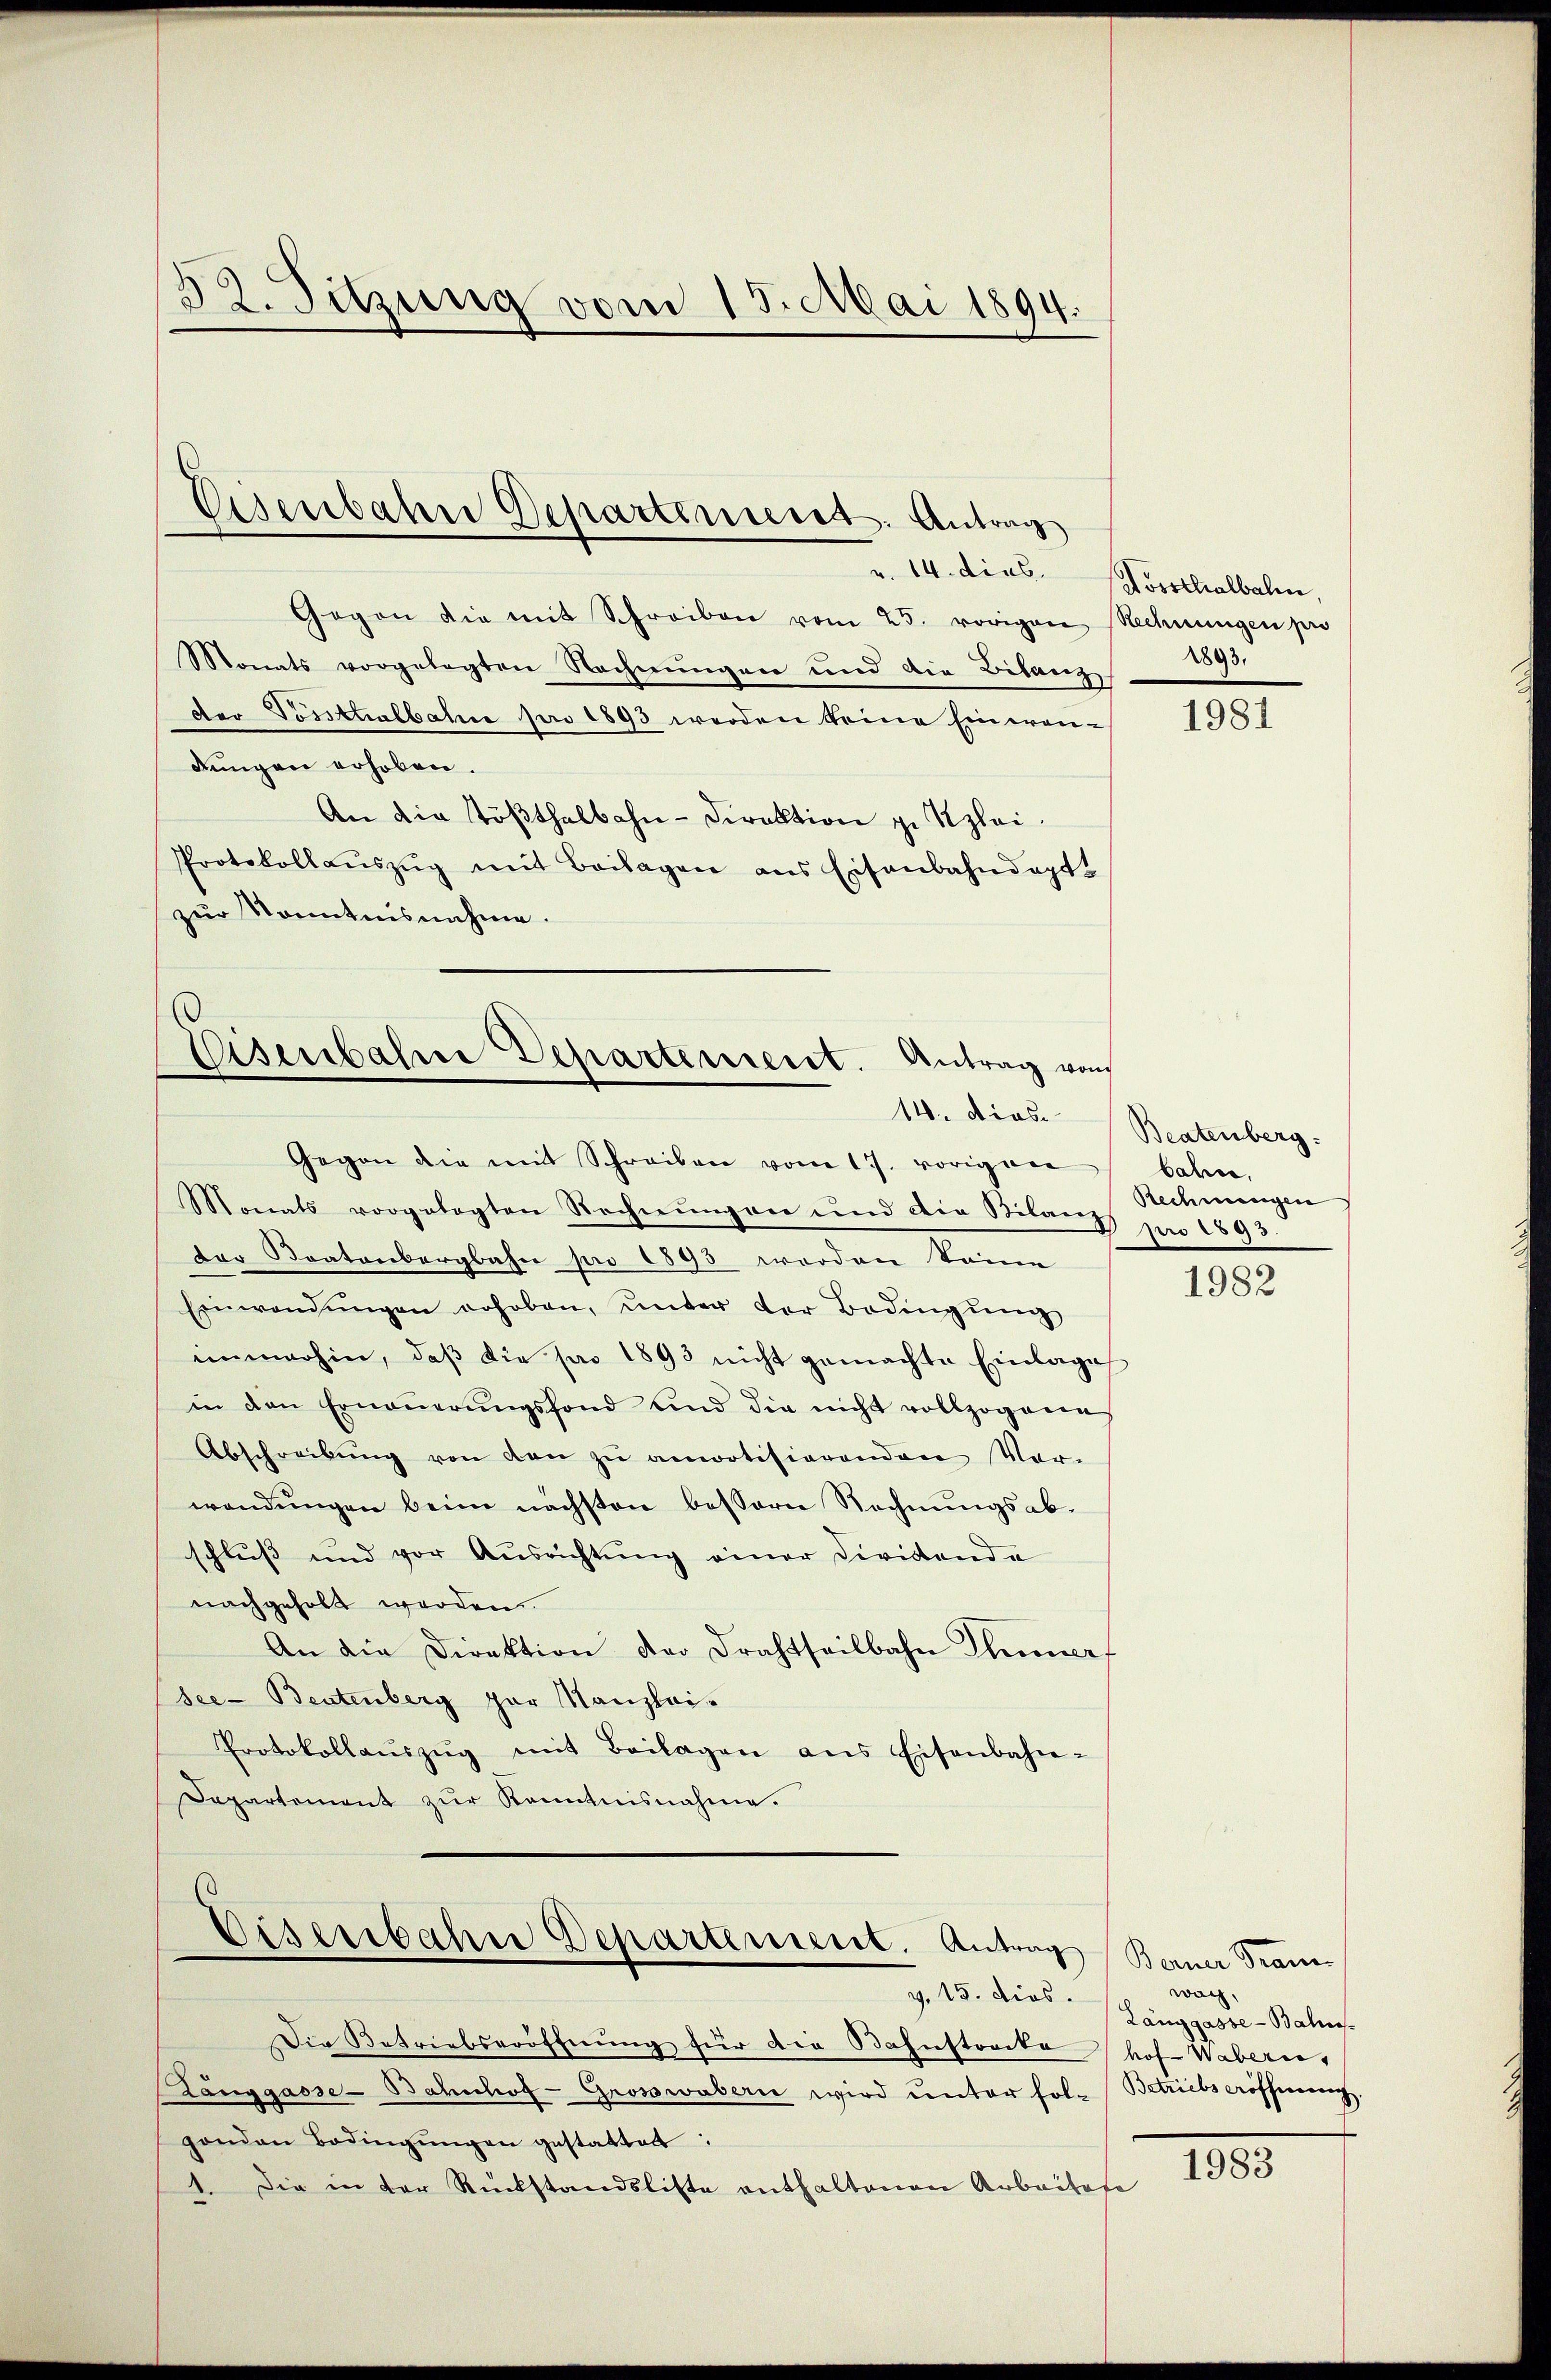
32. Sitzung vom 13. Mai 1894.

u. 14. dies Posthalbele
Gegen die mit Schreiben vom 25. vorigen Rechnungen pro
Monats vorgelegten Rechnungen und die Bilanz
deo Tossttalbahre pro 1893 werden keine Eineran-
dungen erhoben.
An die Tößthalbahn-Direktion zu Klei¬
Protokollaŭszŭg mit Beilagen ans Eisenbahndept.
zur Kenntnisnahme.

Eisenbahne Departinient. Antrag

Eisenbahne Departement. Antrag von
14. Dies

Eisenbahne Departement. Antrag

Gegen die mit Schreiben vom 17. vorigen
Monats vorgelegten Rechnungen und die Bilanzs par 1893.
Der Staatenbergbahn pro 1893 werden könne
Einwendŭngen erhoben, ŭnter der Bedingŭng
immerhin, daß die pro 1893 nicht gemachte Einlage
in den Erneŭerŭngsfond und die nicht vollzogenes
Abschreibŭng von den zŭ amortisierenden Vor-
wendŭngen beim nächsten bessern Rechnungsabschluß und vor Ausrichtŭng einer Dividende
nachgeholt werden.
An die Direktion der Drahtheilbahn Thunerf
see- Beutenberg zur Kanzlei-
Protokollaŭszŭg mit Beilagen ans Eisenbahn-
Dapartement zŭr Kenntnisnahme.

Die Betriebseröffnung für die Bahnstrecke hof- Wabern,
Zanggasse-Bahnhof-Grosswäbern wird unter fol-Betriebs eröffnung,
genden Bedingŭngen gestattet:
1. Die in der Rückstandsliste enthaltenen Arbeitese

1893.

1981

Beatenberg.
bahn,
Rechnungen

1982

Bane Fran
wach,
g. 15. Dies. Langgasse - Bahns

.